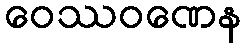
ဝေဿဝဏေန